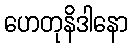
ဟေတုနိဒါနော